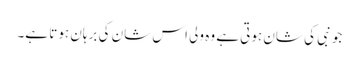
جو نبی کی شان ہوتی ہے وہ ولی اس شان کی برہان ہوتا ہے۔